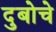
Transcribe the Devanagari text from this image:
दुबोचे